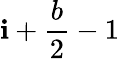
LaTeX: \mathbf{i}+{\frac{{b}}{{2}}}-1